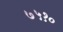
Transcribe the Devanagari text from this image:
७५१०